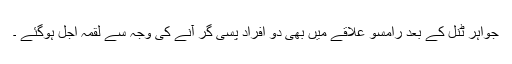
جواہر ٹنل کے بعد رامسو علاقے میں بھی دو افراد پسی گر آنے کی وجہ سے لقمہ اجل ہوگئے ۔